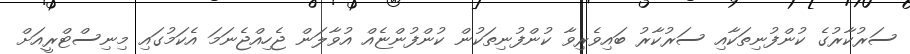
ސަރުކާރުގެ ކުންފުނިތަކާއި ސަރުކާރު ބައިވެރިވާ ކުންފުނިތަކުން ކުންފުންޏެއް އުވާލަން ޖެހިއްޖެނަމަ އެކަމުގައި މިނިސްޓްރީއަށް